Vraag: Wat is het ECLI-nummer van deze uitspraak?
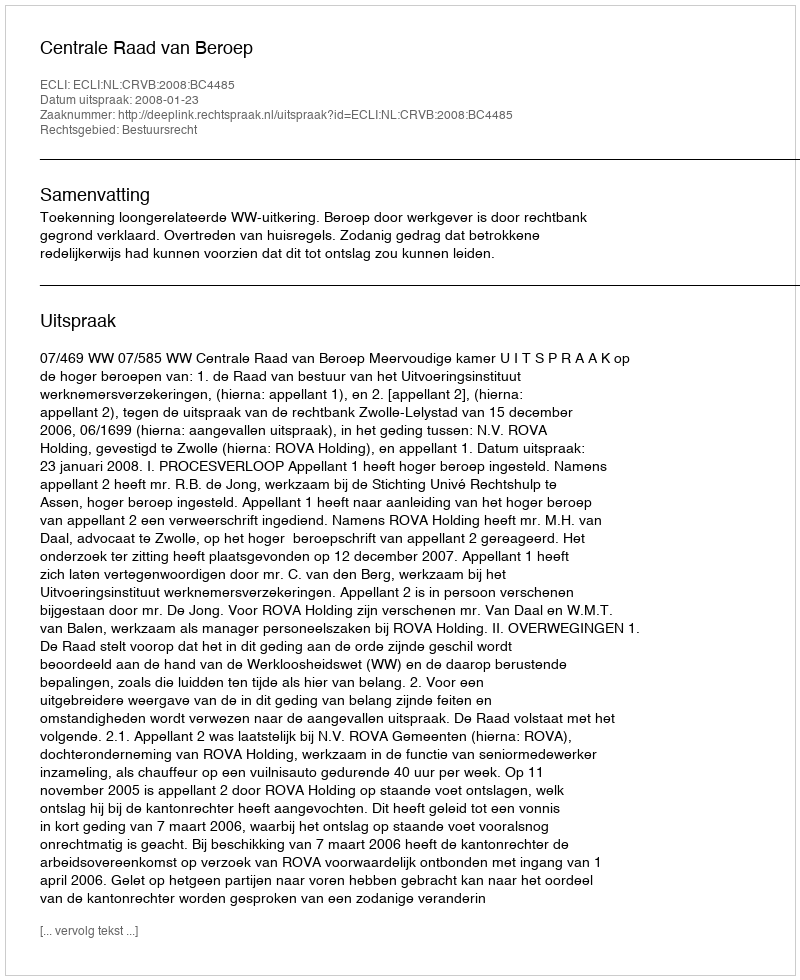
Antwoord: ECLI:NL:CRVB:2008:BC4485